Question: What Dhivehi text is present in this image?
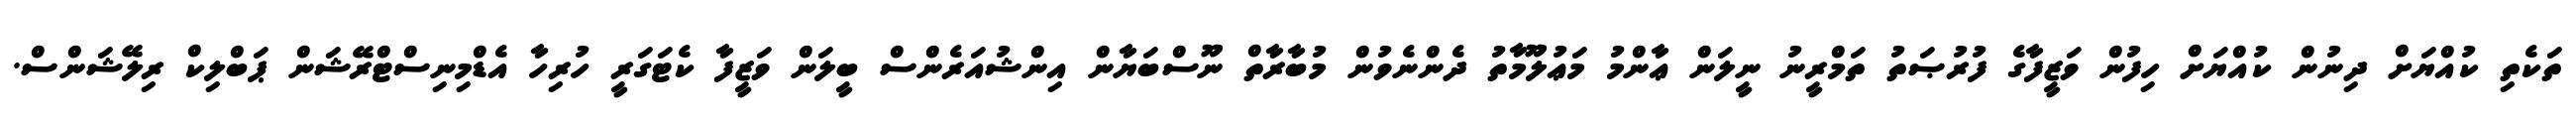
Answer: ތަކެތި ކުއްޔަށް ދިނުން ކުއްޔަށް ހިފުން ވަޒީފާގެ ފުރުޞަތު ތަމްރީނު ނީލަން ޢާންމު މަޢުލޫމާތު ދެންނެވުން މުބާރާތް ނޫސްބަޔާން އިންޝުއަރެންސް ބީލަން ވަޒީފާ ކެޓަގަރީ ހުރިހާ އެޑްމިނިސްޓްރޭޝަން ޕަބްލިކް ރިލޭޝަންސް.